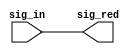
// SPDX-License-Identifier: Apache-2.0
// Copyright (C) 2019 Intel Corporation. 
// ==========================================================================
//
//  CELL: aib_aliasd
//
//  Description: Directional alias device
//
//------------------------------------------
 module aib_aliasd( sig_in, sig_red );

    output   sig_red;
    input    sig_in;

    assign sig_red = sig_in;

 endmodule